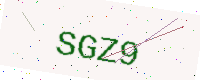
Text: SGZ9